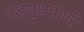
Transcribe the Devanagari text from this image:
दंडयुथपाणी